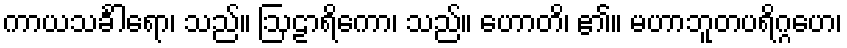
ကာယသင်္ခါရော၊ သည်။ ဩဠာရိကော၊ သည်။ ဟောတိ၊ ၏။ မဟာဘူတပရိဂ္ဂဟေ၊